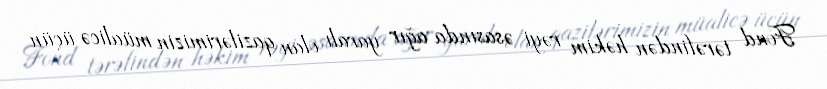
Fond tərəfindən həkim rəyi əsasında ağır yaralı olan qazilərimizin müalicə üçün